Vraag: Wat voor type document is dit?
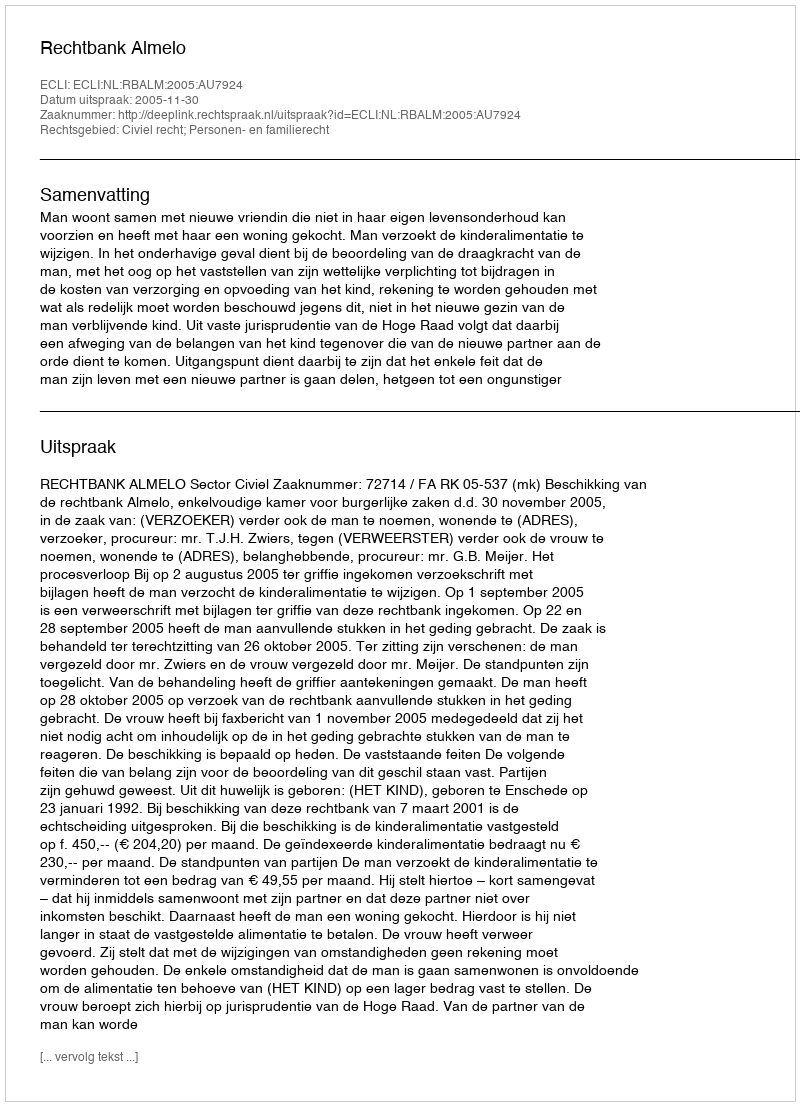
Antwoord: Uitspraak